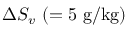
\Delta S _ { v } ~ ( = 5 \mathrm { \ g / k g ) }